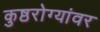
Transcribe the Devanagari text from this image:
कुष्ठरोग्यांवर